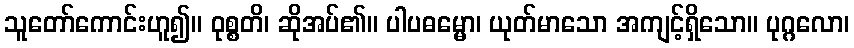
သူတော်ကောင်းဟူ၍။ ဝုစ္စတိ၊ ဆိုအပ်၏။ ပါပဓမ္မော၊ ယုတ်မာသော အကျင့်ရှိသော။ ပုဂ္ဂလော၊